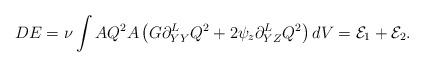
LaTeX: \begin{align*}DE & = \nu\int A Q^2 A \left(G \partial_{YY}^L Q^2 + 2\psi_z \partial_{YZ}^L Q^2\right) dV = \mathcal{E}_1 + \mathcal{E}_2. \end{align*}